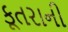
કૂતરાની